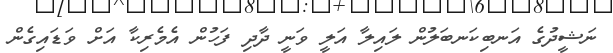
ނަޝީދުގެ އަނބިކަނބަލުން ލައިލާ އަލީ ވަނީ ދާދި ފަހުން އެމެރިކާ އަށް ވަޑައިގެން